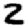
Digit: 2